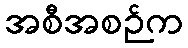
အစီအစဉ်က